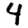
Digit: 4